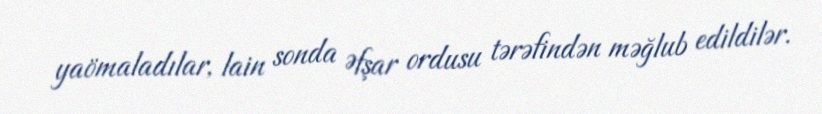
yaömaladılar, lain sonda Əfşar ordusu tərəfindən məğlub edildilər.